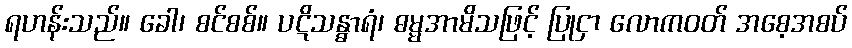
ရဟန်းသည်။ ခေါ၊ စင်စစ်။ ပဋိသန္ဓာရံ၊ ဓမ္မအာမိသဖြင့် ပြုငှာ လောကဝတ် အစေ့အစပ်